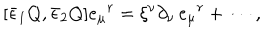
{ } [ \bar { \epsilon } _ { 1 } Q , \bar { \epsilon } _ { 2 } Q ] e _ { \mu } { } ^ { r } = \xi ^ { \nu } \partial _ { \nu } \, e _ { \mu } { } ^ { r } + \cdots \, ,